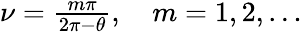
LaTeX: \begin{array}{r}{\nu=\frac{m\pi}{2\pi-\theta},\quad m=1,2,\dots}\end{array}